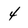
Character: 4